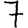
Digit: 7